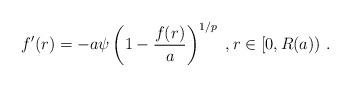
LaTeX: \begin{align*}f'(r) = - a \psi\left( 1 - \frac{f(r)}{a} \right)^{1/p}\ , r\in [0,R(a))\ . \end{align*}